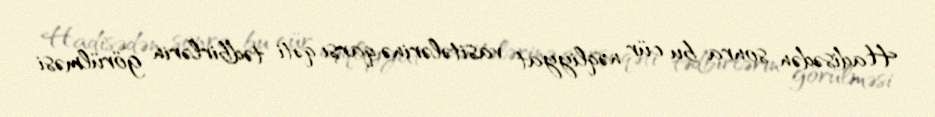
Hadisədən sonra bu cür nəqliyyat vasitələrinə qarşı qəti tədbirlərin görülməsi